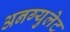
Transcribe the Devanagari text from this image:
अनग्युलेट